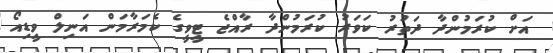
އަށް ކުރަމުންދާ ދަތުރު ކަވަރު ކުރަމުންދާ ރާއްޖެ ޓީވީގެ ކެމަރާމަން އަނިލް ވީޑިއޯ